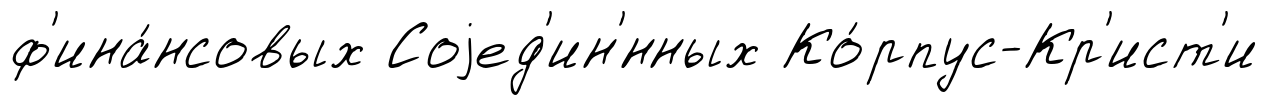
ф'ина́нсовых Соjед'ин'́нных Ко́рпус-Кр'ист'и